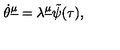
\dot { \theta } ^ { \underline { \mu } } = \lambda ^ { \underline { \mu } } \tilde { \psi } ( \tau ) ,